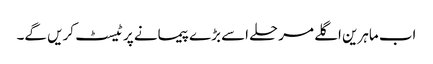
اب ماہرین اگلے مرحلے اسے بڑے پیمانے پر ٹیسٹ کریں گے۔